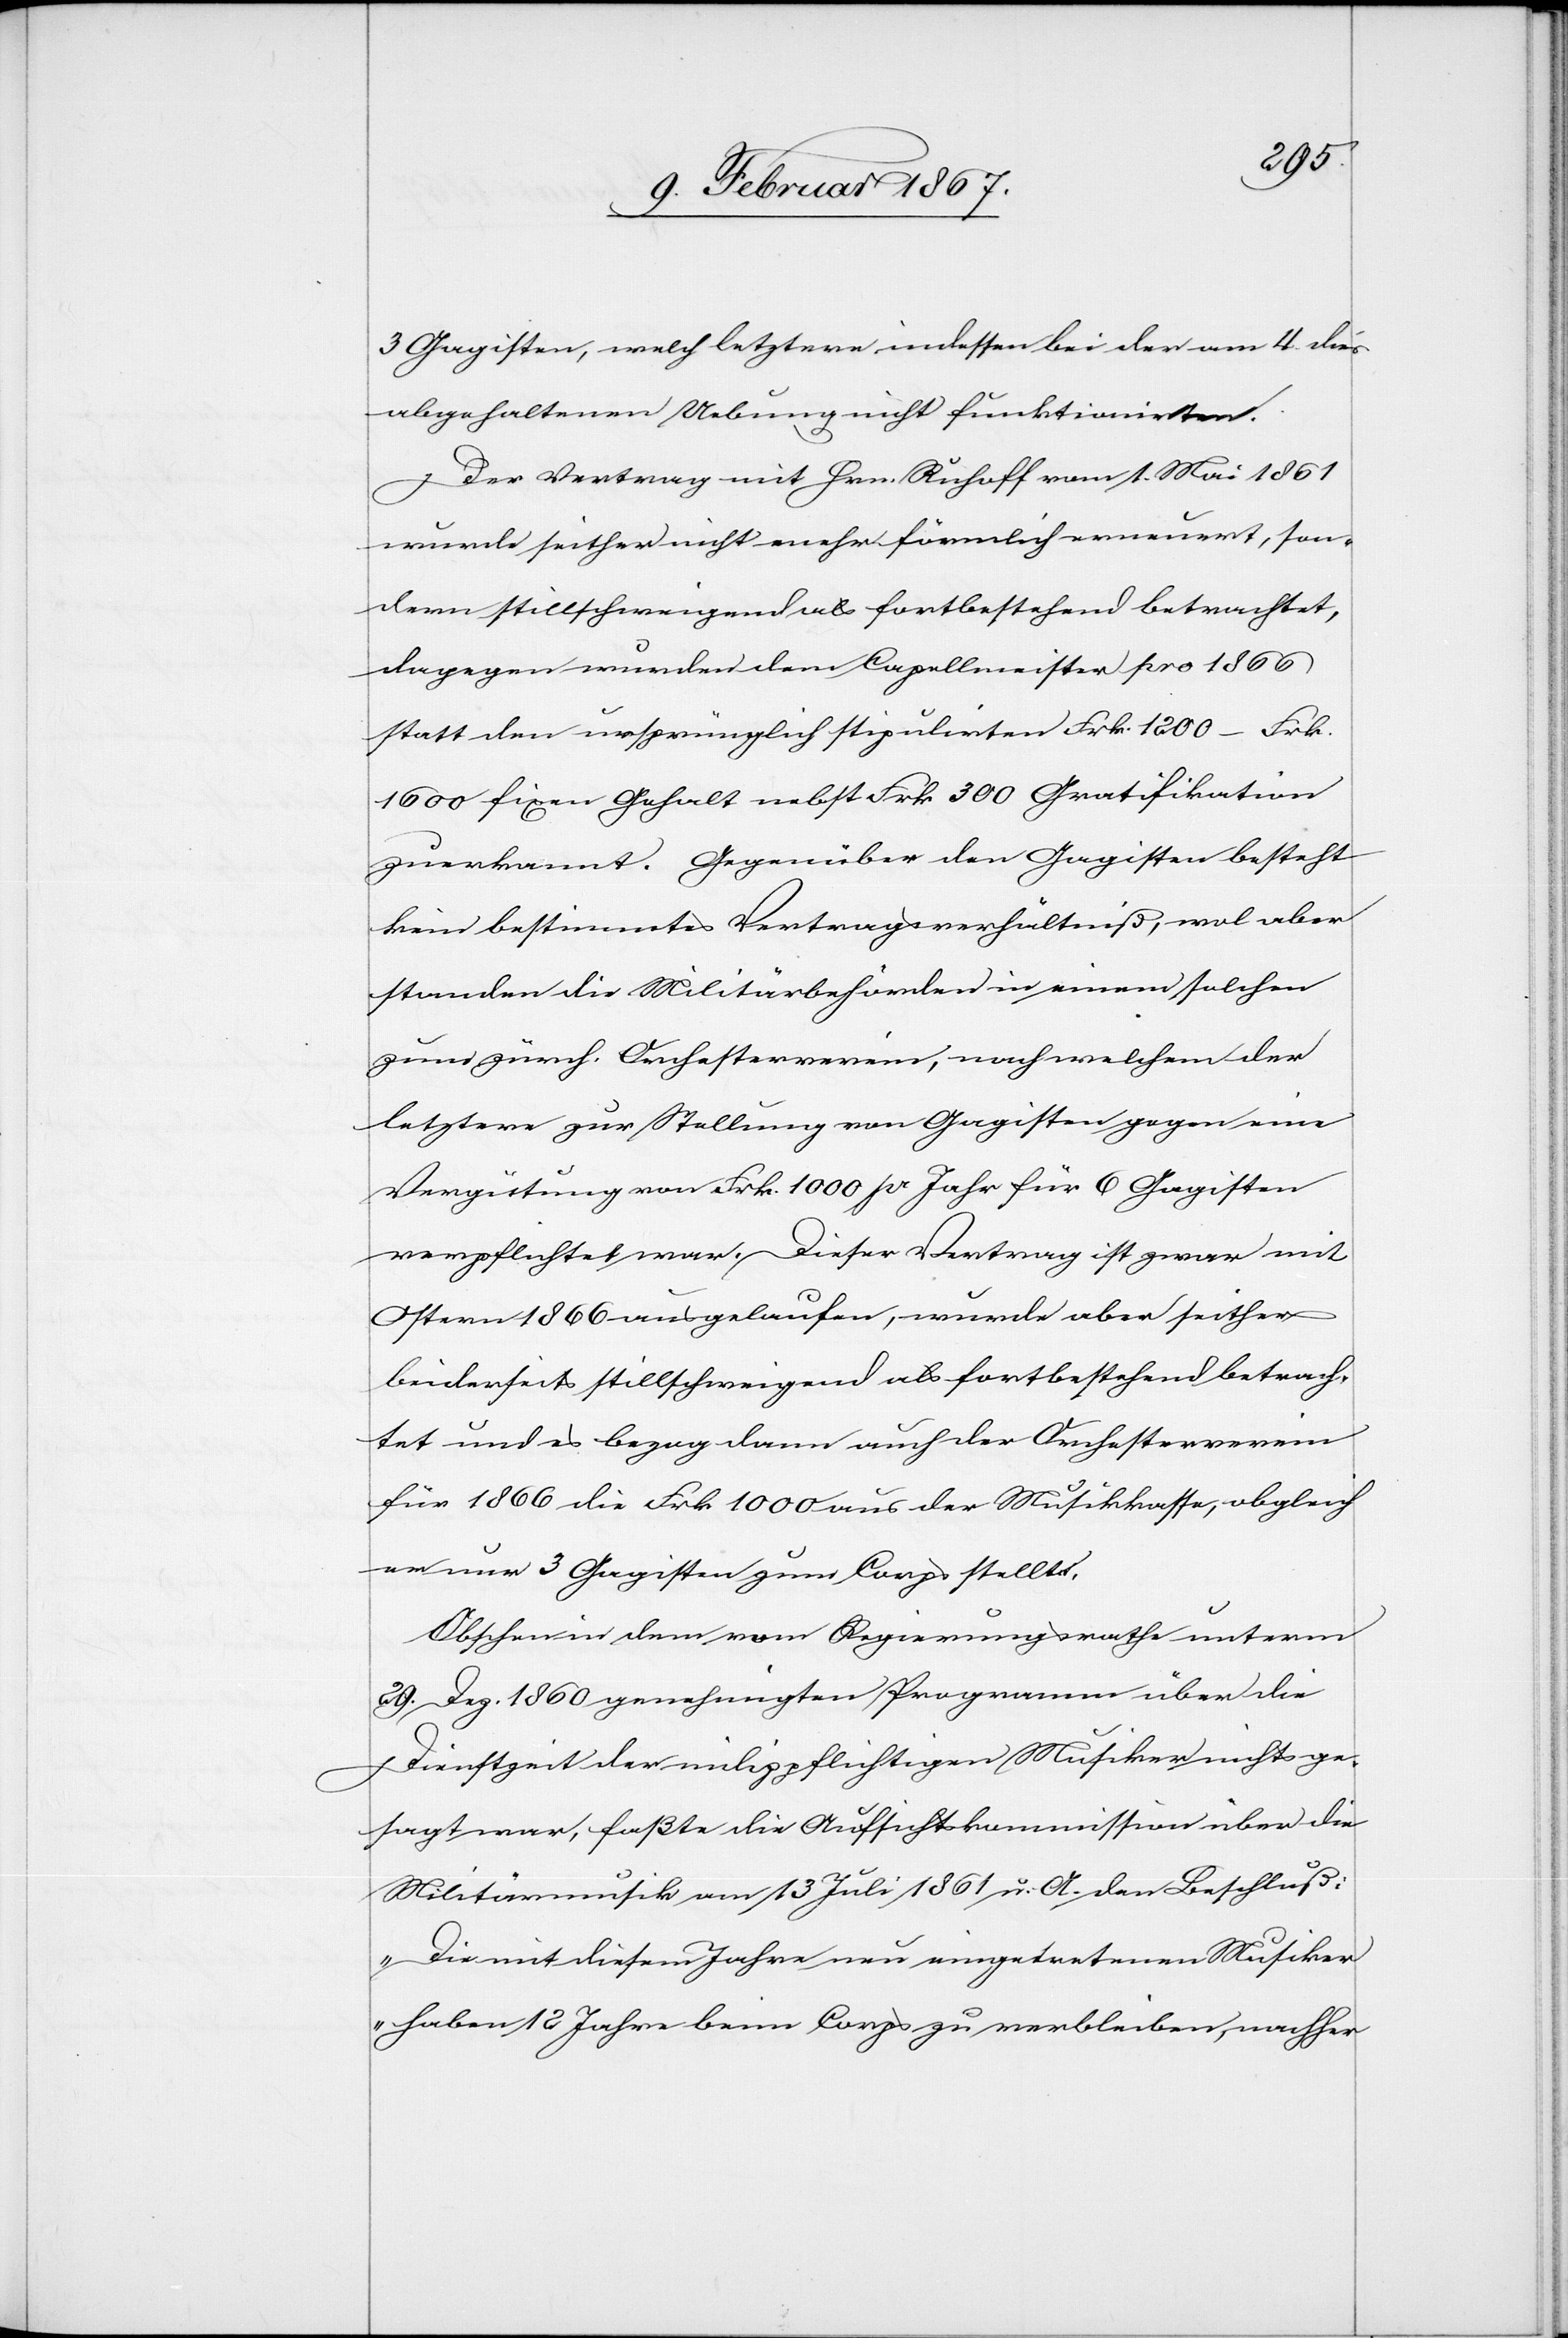
3 Gagisten, welch letztere indessen bei der am 4. dies
abgehaltenen Uebung nicht funktionirten.
Der Vertrag mit Hrn. Ruloff vom 1. Mai 1861
wurde seither nicht mehr förmlich erneuert, son¬
dern stillschweigend als fortbestehend betrachtet,
dagegen wurden dem Capellmeister pro 1866
statt den ursprünglich stipulirten Frk. 1200 – Frk.
1600 fixen Gehalt nebst Frk 300 Gratifikation
zuerkannt. Gegenüber den Gagisten besteht
kein bestimmtes Vertragsverhältniß, wol aber
standen die Militärbehörden in einem solchen
zum zürch. Orchesterverein, nach welchem der
letztere zur Stellung von Gagisten gegen eine
Vergütung von Frk. 1000 pr Jahr für 6 Gagisten
verpflichtet war. Dieser Vertrag ist zwar mit
Ostern 1866 ausgelaufen, wurde aber seither
beiderseits stillschweigend als fortbestehend betrach¬
tet und es bezog dann auch der Orchesterverein
für 1866 die Frk 1000 aus der Musikkasse, obgleich
er nur 3 Gagisten zum Corps stellte.
Obschon in dem vom Regierungsrathe unterm
29. Dez. 1860 genehmigten Programm über die
Dienstzeit der milizpflichtigen Musiker nichts ge¬
sagt war, faßte die Aufsichtskommission über die
Militärmusik am 13 Juli 1861 u. A. den Beschluß:
„Die mit diesem Jahre neu eingetretenen Musiker
haben 12 Jahre beim Corps zu verbleiben, nachher